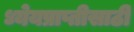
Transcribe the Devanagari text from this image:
ध्येयप्राप्तीसाठी